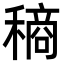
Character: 𮃧